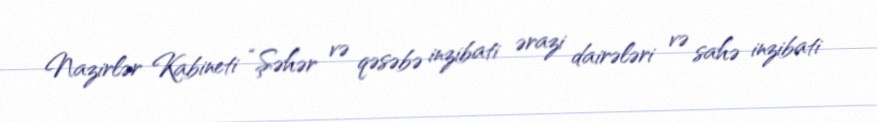
Nazirlər Kabineti “Şəhər və qəsəbə inzibati ərazi dairələri və sahə inzibati